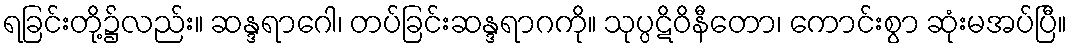
ရခြင်းတို့၌လည်း။ ဆန္ဒရာဂေါ၊ တပ်ခြင်းဆန္ဒရာဂကို။ သုပ္ပဋိဝိနီတော၊ ကောင်းစွာ ဆုံးမအပ်ပြီ။